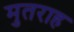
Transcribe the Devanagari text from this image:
मुतराह